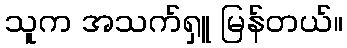
သူက အသက်ရှူ မြန်တယ်။